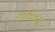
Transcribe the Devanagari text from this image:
लेविटीकस